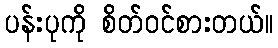
ပန်းပုကို စိတ်ဝင်စားတယ်။